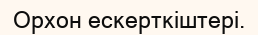
Орхон ескерткіштері.